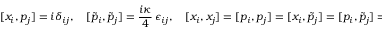
[ x _ { i } , p _ { j } ] = i \delta _ { i j } , \quad [ \tilde { p } _ { i } , \tilde { p } _ { j } ] = \frac { i \kappa } { 4 } \, \epsilon _ { i j } , \quad [ x _ { i } , x _ { j } ] = [ p _ { i } , p _ { j } ] = [ x _ { i } , \tilde { p } _ { j } ] = [ p _ { i } , \tilde { p } _ { j } ] = 0 .